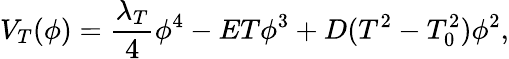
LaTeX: V_{T}(\phi)=\frac{\lambda_{T}}{4}\phi^{4}-ET\phi^{3}+D(T^{2}-T_{0}^{2})\phi^{2},